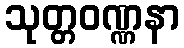
သုတ္တဝဏ္ဏနာ